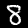
Digit: 8